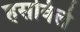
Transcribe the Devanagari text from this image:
हसविले